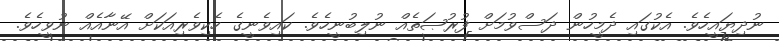
ނުދިޔައީހެވެ. އެކުގައި ދެމީހުން ދަސްވުމަށް ފުރުޞަތެއް ނުލިބުނީހެވެ. ކައިވެނީގެ ހެކިވެރިއަކަށް އޭނާއެއް ނުވީހެވެ.